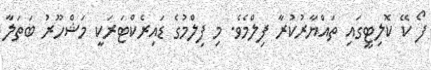
ފޯ ކޭ ކޮލިޓީގައި ތައްޔާރުކުރާ ފިލްމެވެ. މި ފިލްމުގެ ޑައިރެކްޓަރަކީ މަޝްހޫރު ބަތަލާ